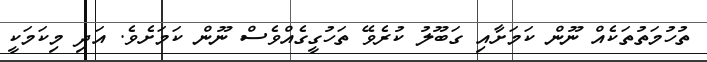
ތުހުމަތުތަކެއް ނޫން ކަމަށާއި ގަބޫލު ކުރެވޭ ތަހުގީގެއްވެސް ނޫން ކަމަށެވެ. އަދި މިކަމަކީ